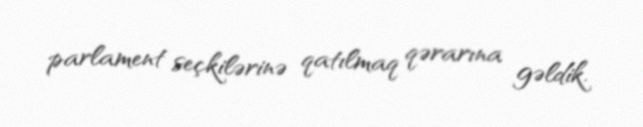
parlament seçkilərinə qatılmaq qərarına gəldik.